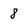
Character: 8